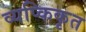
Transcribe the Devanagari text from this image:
व्यप्किकृत